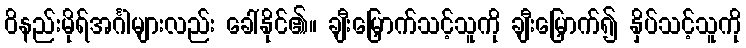
ဝိနည်းမိုရ်အင်္ဂါများလည်း ခေါ်နိုင်၏။ ချီးမြှောက်သင့်သူကို ချီးမြှောက်၍ နှိပ်သင့်သူကို